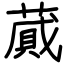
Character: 蕆